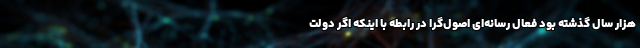
هزار سال گذشته بود فعال رسانه‌ای اصول‌گرا در رابطه با اینکه اگر دولت